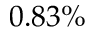
0 . 8 3 \%